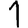
Digit: 1